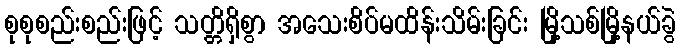
စုစုစည်းစည်းဖြင့် သတ္တိရှိစွာ အသေးစိပ်မထိန်းသိမ်းခြင်း မြို့သစ်မြို့နယ်ခွဲ